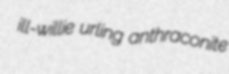
ill-willie urling anthraconite